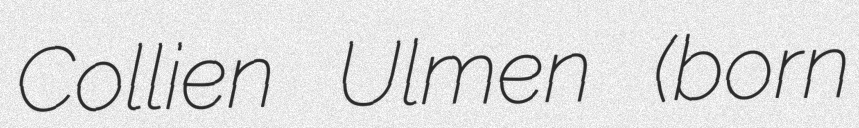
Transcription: Collien Ulmen (born